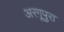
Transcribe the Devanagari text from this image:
अरगूपुरा